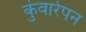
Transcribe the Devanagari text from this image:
कुंवारेपन